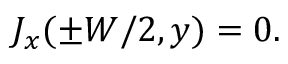
\begin{array} { r } { J _ { x } ( \pm W / 2 , y ) = 0 . } \end{array}